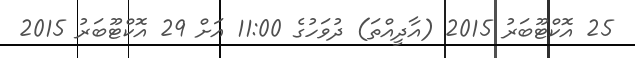
25 އޮކްޓޫބަރު 2015 (އާދީއްތަ) ދުވަހުގެ 11:00 އަށް 29 އޮކްޓޫބަރު 2015